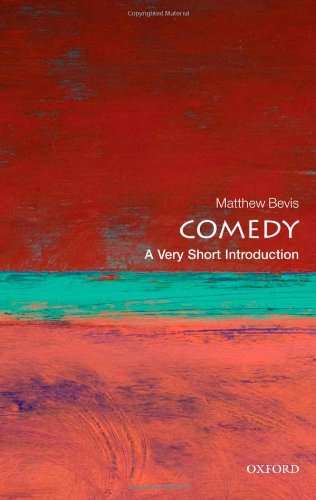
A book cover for Comedy: A Very Short Introduction (Very Short Introductions); Matthew Bevis; Humor & Entertainment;